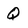
Character: Q